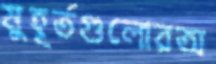
মুহূর্তগুলোরঅ